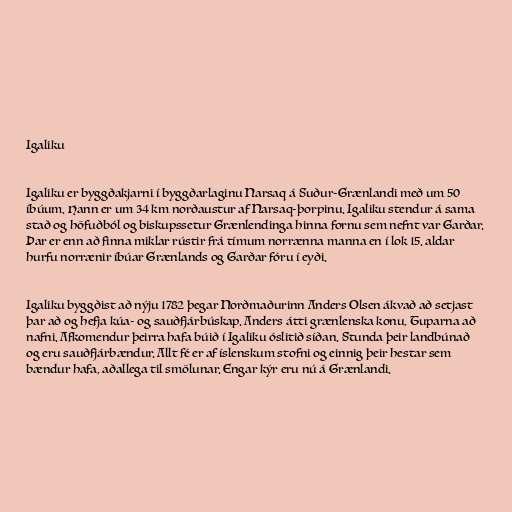
Igaliku

Igaliku er byggðakjarni í byggðarlaginu Narsaq á Suður-Grænlandi með um 50
íbúum. Hann er um 34 km norðaustur af Narsaq-þorpinu. Igaliku stendur á sama
stað og höfuðból og biskupssetur Grænlendinga hinna fornu sem nefnt var Garðar.
Þar er enn að finna miklar rústir frá tímum norrænna manna en í lok 15. aldar
hurfu norrænir íbúar Grænlands og Garðar fóru í eyði.

Igaliku byggðist að nýju 1782 þegar Norðmaðurinn Anders Olsen ákvað að setjast
þar að og hefja kúa- og sauðfjárbúskap. Anders átti grænlenska konu, Tuparna að
nafni. Afkomendur þeirra hafa búið í Igaliku óslitið síðan. Stunda þeir landbúnað
og eru sauðfjárbændur. Allt fé er af íslenskum stofni og einnig þeir hestar sem
bændur hafa, aðallega til smölunar. Engar kýr eru nú á Grænlandi.